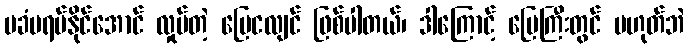
မခံမရပ်နိုင်အောင် လှုပ်တဲ့ မြေငလျင် ဖြစ်ပါတယ်၊ ဒါကြောင့် မြေကြီးတွင် မဟုတ်ဘဲ